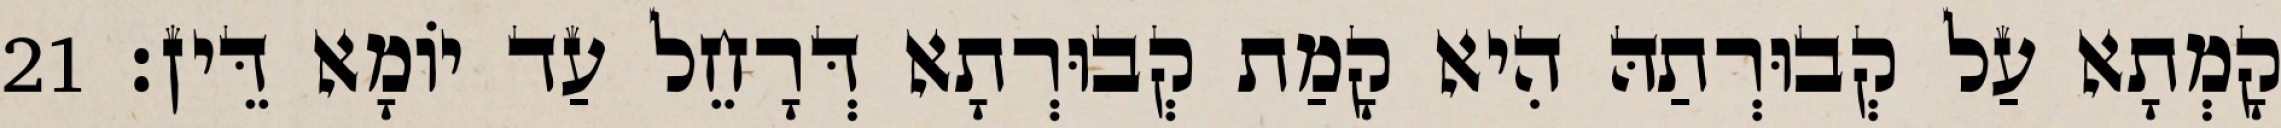
קָמְתָא עַל קְבוּרְתַהּ הִיא קָמַת קְבוּרְתָא דְּרָחֵל עַד יוֹמָא דֵּין׃ 21